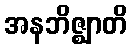
အနဘိဇ္ဈာတိ